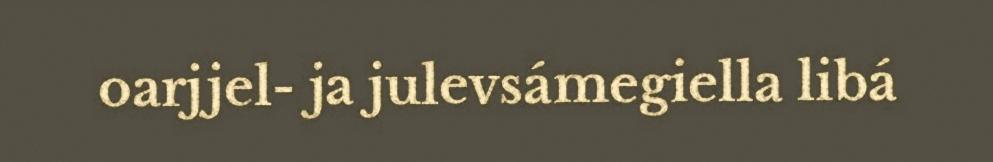
oarjjel- ja julevsámegiella libá